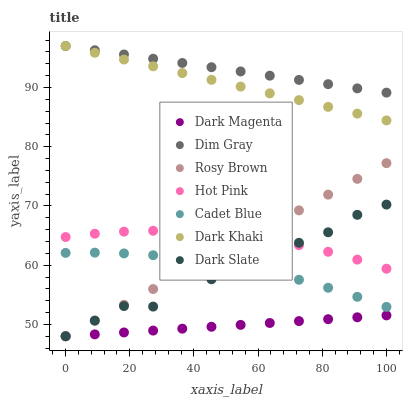
| xaxis_label | Dark Magenta | Dim Gray | Rosy Brown | Hot Pink | Cadet Blue | Dark Khaki | Dark Slate |
 | --- | --- | --- | --- | --- | --- | --- | --- |
 | 0 | 48 | 97 | 48 | 64.7 | 62.1 | 97 | 48 |
 | 9.09 | 48.3 | 96.3 | 50.7 | 65.3 | 62.1 | 95.9 | 50.6 |
 | 18.2 | 48.6 | 95.6 | 53.3 | 65.7 | 62 | 94.7 | 53.1 |
 | 27.3 | 49 | 94.9 | 56 | 65.8 | 61.7 | 93.6 | 53 |
 | 36.4 | 49.3 | 94.1 | 58.6 | 65.7 | 61.2 | 92.4 | 58.6 |
 | 45.5 | 49.6 | 93.4 | 61.3 | 65.5 | 60.5 | 91.3 | 57.6 |
 | 54.5 | 49.9 | 92.7 | 63.9 | 65 | 59.7 | 90.2 | 61.5 |
 | 63.6 | 50.2 | 92 | 66.6 | 64.3 | 58.7 | 89 | 63.7 |
 | 72.7 | 50.6 | 91.3 | 69.3 | 63.4 | 57.5 | 87.9 | 63.8 |
 | 81.8 | 50.9 | 90.6 | 71.9 | 62.3 | 56.2 | 86.7 | 65.6 |
 | 90.9 | 51.2 | 89.8 | 74.6 | 60.9 | 54.7 | 85.6 | 68.5 |
 | 100 | 51.5 | 89.1 | 77.2 | 59.4 | 53 | 84.4 | 70.2 |